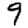
Digit: 9